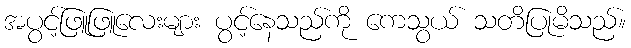
အပွင့်ဖြူဖြူလေးများ ပွင့်နေသည်ကို ကေသွယ် သတိပြုမိသည်။